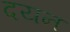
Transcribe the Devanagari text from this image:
दयन